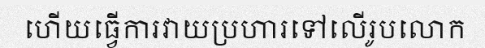
ហើយធ្វើការវាយប្រហារទៅលើរូបលោក